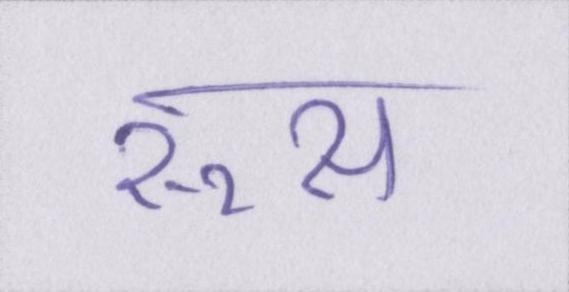
रूस